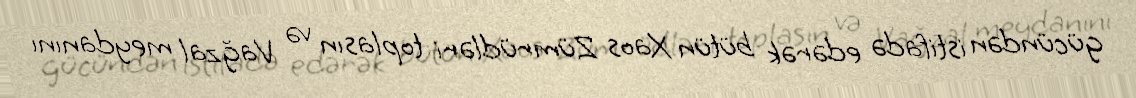
gücündən istifadə edərək bütün Xaos Zümrüdləri toplasın və Vağzal meydanını